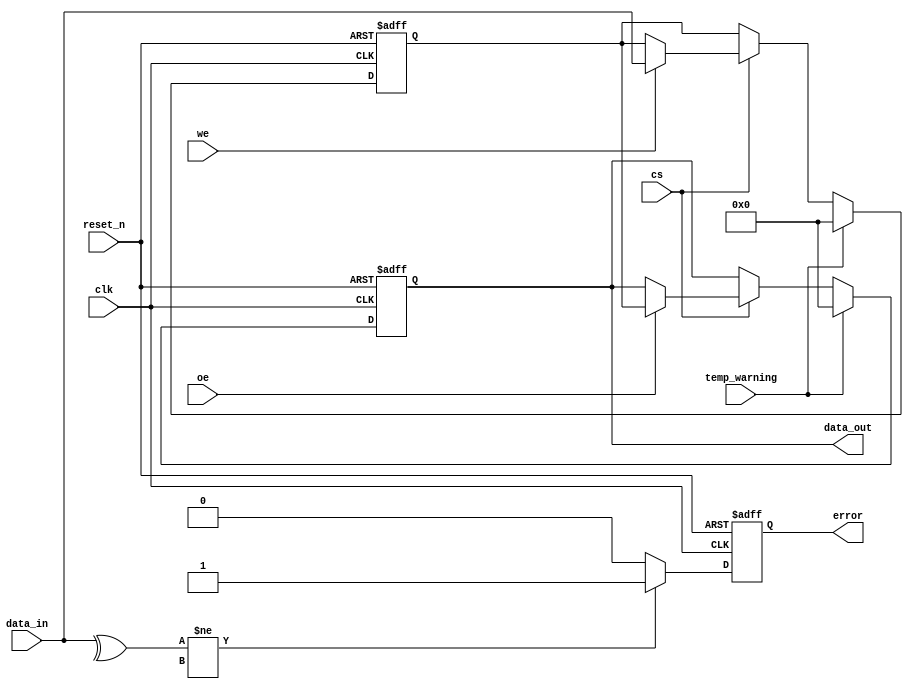
module PCM_IO_Block #(
    parameter DATA_WIDTH = 8
)(
    input  wire                  clk,          // Clock signal
    input  wire                  reset_n,      // Active-low reset signal
    input  wire                  cs,           // Chip Select
    input  wire                  we,           // Write Enable
    input  wire                  oe,           // Output Enable
    input  wire [DATA_WIDTH-1:0] data_in,     // Input data
    output reg  [DATA_WIDTH-1:0] data_out,    // Output data
    output reg                  error,         // Error signal
    input  wire                  temp_warning   // Temperature warning signal
);

    reg [DATA_WIDTH-1:0] data_latch; // Latch for input data

    // Error detection (simple parity check example)
    wire parity;
    assign parity = ^data_in; // Calculate parity

    // Main process for I/O operations
    always @(posedge clk or negedge reset_n) begin
        if (!reset_n) begin
            data_out <= {DATA_WIDTH{1'b0}};
            data_latch <= {DATA_WIDTH{1'b0}};
            error <= 1'b0;
        end else begin
            if (cs) begin // Only operate if chip is selected
                if (we) begin
                    // Write operation
                    data_latch <= data_in; // Capture input data
                end
                if (oe) begin
                    // Read operation
                    data_out <= data_latch; // Output the latched data
                end
            end
            // Error handling
            if (parity != expected_parity) begin
                error <= 1'b1; // Set error signal if parity mismatch
            end else begin
                error <= 1'b0;
            end

            // Thermal management (example handling)
            if (temp_warning) begin
                // Take necessary action, e.g., disable operations
                data_out <= {DATA_WIDTH{1'b0}}; // Output zero in warning state
                data_latch <= {DATA_WIDTH{1'b0}};
            end
        end
    end

endmodule